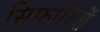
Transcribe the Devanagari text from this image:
सिफारिसें